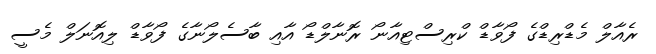
ރެއާލް މެޑްރިޑްގެ ފޯވާޑް ކްރިސްޓިއާނޯ ރޮނާލްޑޯ އާއި ބާސެލޯނާގެ ފޯވާޑް ލިއޮނަލް މެސީ